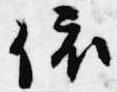
依